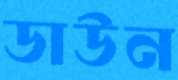
ডাউন